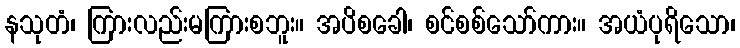
နသုတံ၊ ကြားလည်းမကြားစဘူး။ အပိစခေါ၊ စင်စစ်သော်ကား။ အယံပုရိသော၊